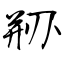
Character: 剙